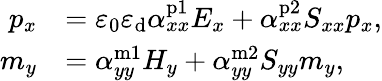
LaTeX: \begin{array}{rl}{p_{x}}&{=\varepsilon_{0}\varepsilon_{\mathrm{d}}\alpha_{xx}^{\mathrm{p1}}E_{x}+\alpha_{xx}^{\mathrm{p2}}S_{xx}p_{x},}\\ {m_{y}}&{=\alpha_{yy}^{\mathrm{m1}}H_{y}+\alpha_{yy}^{\mathrm{m2}}S_{yy}m_{y},}\end{array}